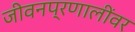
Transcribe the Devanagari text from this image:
जीवनप्रणालींवर